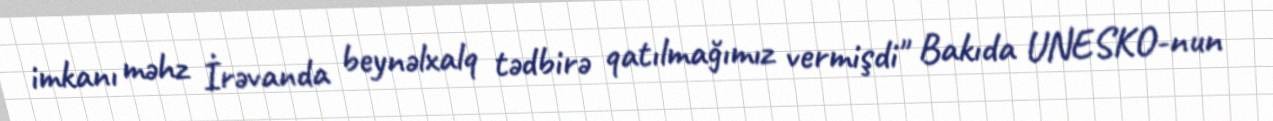
imkanı məhz İrəvanda beynəlxalq tədbirə qatılmağımız vermişdi" Bakıda UNESKO-nun